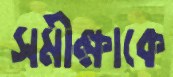
সমীক্ষাকে